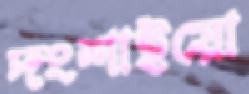
দংশাইয়ো